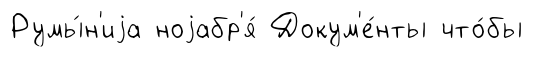
Румы́н'иjа ноjабр'я́ Докум'е́нты что́бы